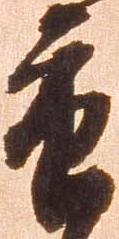
重